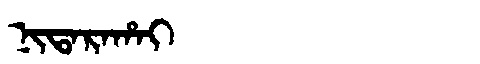
Manchu: ᠨᡳᡨᠠᡵᠠᡥᠠᡳ
Romanization: NITARAHAI